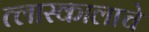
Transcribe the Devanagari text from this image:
त्लास्कालाचे